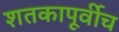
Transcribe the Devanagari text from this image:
शतकापूर्वीच